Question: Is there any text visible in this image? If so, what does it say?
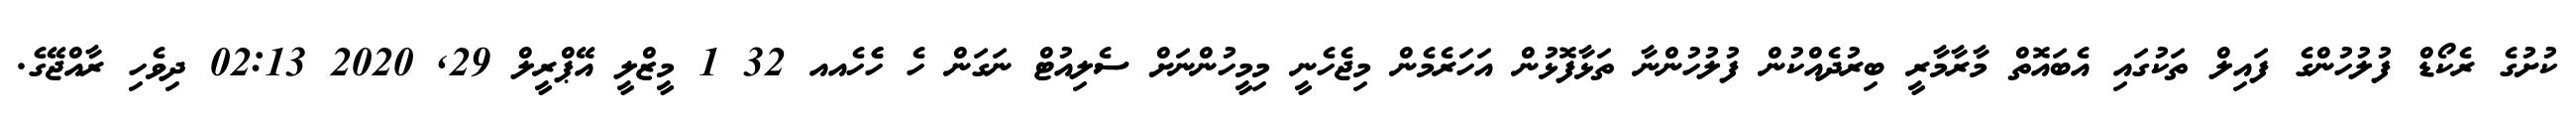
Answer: ކުށުގެ ރެކޯޑް ފުލުހުންގެ ފައިލް ތަކުގައި އެބައޮތް މާރާމާރީ ބިރުދެއްކުން ފުލުހުންނާ ތަޅާފޮޅުން އަހަރެމެން މިޖެހެނީ މިމީހުންނަށް ސެލިއުޓް ނަގަން ހެ ހެެހެއއ 32 1 މީޒްލީ އޭޕްރީލް 29, 2020 02:13 ދިވެހި ރާއްޖޭގެ.